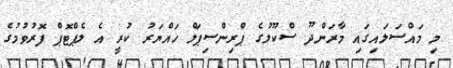
މި މައްސަލައިގައި މާރަންދޫ ސްކޫލުގެ ޕްރިންސިޕަލް ހައްޔަރު ކުރީ އެ ލެޕްޓޮޕް ފޮރުވުމުގެ